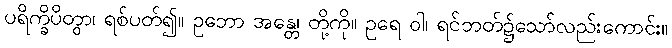
ပရိက္ခိပိတွာ၊ ရစ်ပတ်၍။ ဥဘော အန္တေ၊ တို့ကို။ ဥရေ ဝါ၊ ရင်ဘတ်၌သော်လည်းကောင်း။